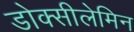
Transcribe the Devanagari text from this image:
डोक्सीलेमिन